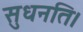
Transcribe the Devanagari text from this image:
सुधनति।